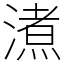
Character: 㵭